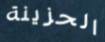
الحزينة